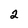
Character: 2